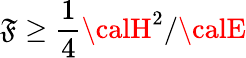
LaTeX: {\cal\mathfrak{F}}\ge{\frac{{1}}{{4}}}{{\calH}^{2}/{\calE}}